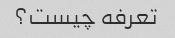
تعرفه چیست؟